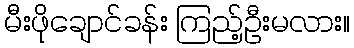
မီးဖိုချောင်ခန်း ကြည့်ဦးမလား။